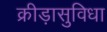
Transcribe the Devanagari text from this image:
क्रीड़ासुविधा